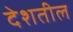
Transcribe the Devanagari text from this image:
देशतील